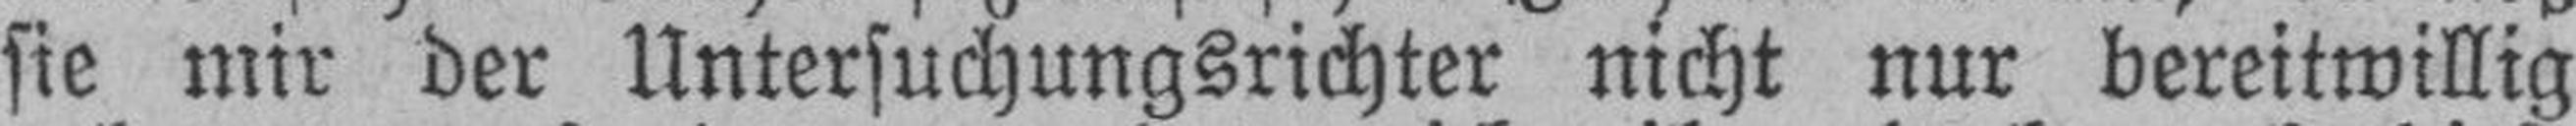
sie mir der Untersuchungsrichter nicht nur bereitwillig